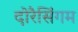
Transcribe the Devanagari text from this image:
दोरैसिंगम